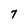
Character: 7